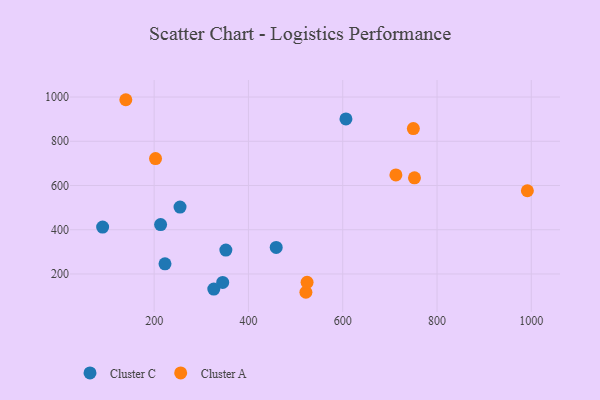
{"axis": {"x": "Distance", "y": "Exam Score"}, "legend": ["Cluster A", "Cluster C"], "data": [{"x": "606.8", "y": 901.0, "type": "Cluster C"}, {"x": "352.1", "y": 308.1, "type": "Cluster C"}, {"x": "254.9", "y": 502.7, "type": "Cluster C"}, {"x": "213.7", "y": 423.2, "type": "Cluster C"}, {"x": "223.0", "y": 246.1, "type": "Cluster C"}, {"x": "458.9", "y": 319.9, "type": "Cluster C"}, {"x": "90.7", "y": 411.9, "type": "Cluster C"}, {"x": "326.5", "y": 131.6, "type": "Cluster C"}, {"x": "345.4", "y": 161.7, "type": "Cluster C"}, {"x": "752.2", "y": 634.8, "type": "Cluster A"}, {"x": "521.9", "y": 117.3, "type": "Cluster A"}, {"x": "749.8", "y": 857.4, "type": "Cluster A"}, {"x": "524.4", "y": 162.1, "type": "Cluster A"}, {"x": "139.9", "y": 987.8, "type": "Cluster A"}, {"x": "712.8", "y": 647.7, "type": "Cluster A"}, {"x": "202.9", "y": 721.8, "type": "Cluster A"}, {"x": "991.7", "y": 576.3, "type": "Cluster A"}]}